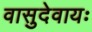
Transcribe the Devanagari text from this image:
वासुदेवायः